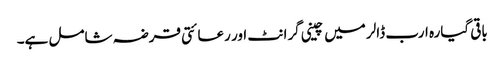
باقی گیارہ ارب ڈالر میں چینی گرانٹ اور رعائتی قرضہ شامل ہے۔